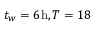
t _ { w } = 6 \mathrm { h } , T = 1 8